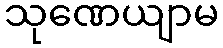
သုဏေယျာမ